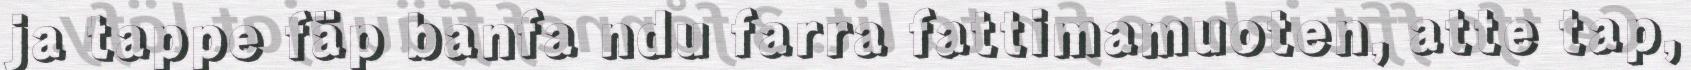
ja tappe fäp banfa ndu farra fattimamuoten, atte tap,